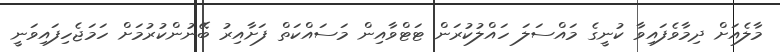
މާލެއަށް ދިމާވެފައިވާ ކުނީގެ މައްސަލަ ހައްލުކުރަން ޓަޓްވާއިން މަސައްކަތް ފަށާއިރު ބޭނުންކުރުމަށް ހަމަޖެހިފައިވަނީ